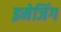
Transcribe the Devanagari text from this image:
इमेजिंग